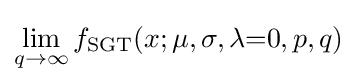
\lim _{q\to \infty }f_{\text{SGT}}(x;\mu ,\sigma ,\lambda {=}0,p,q)